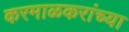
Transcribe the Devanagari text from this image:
करमाळकरांच्या